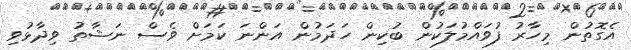
އެގޮތުން މިހާރު ފުވައްމުލަކުން ބުކިން ހަދަމުން އަންނަ ކަމަށް ވެސް ނަޝާތު ވިދާޅުވި